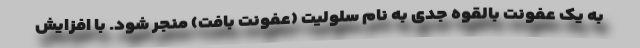
به یک عفونت بالقوه جدی به نام سلولیت (عفونت بافت) منجر شود. با افزایش